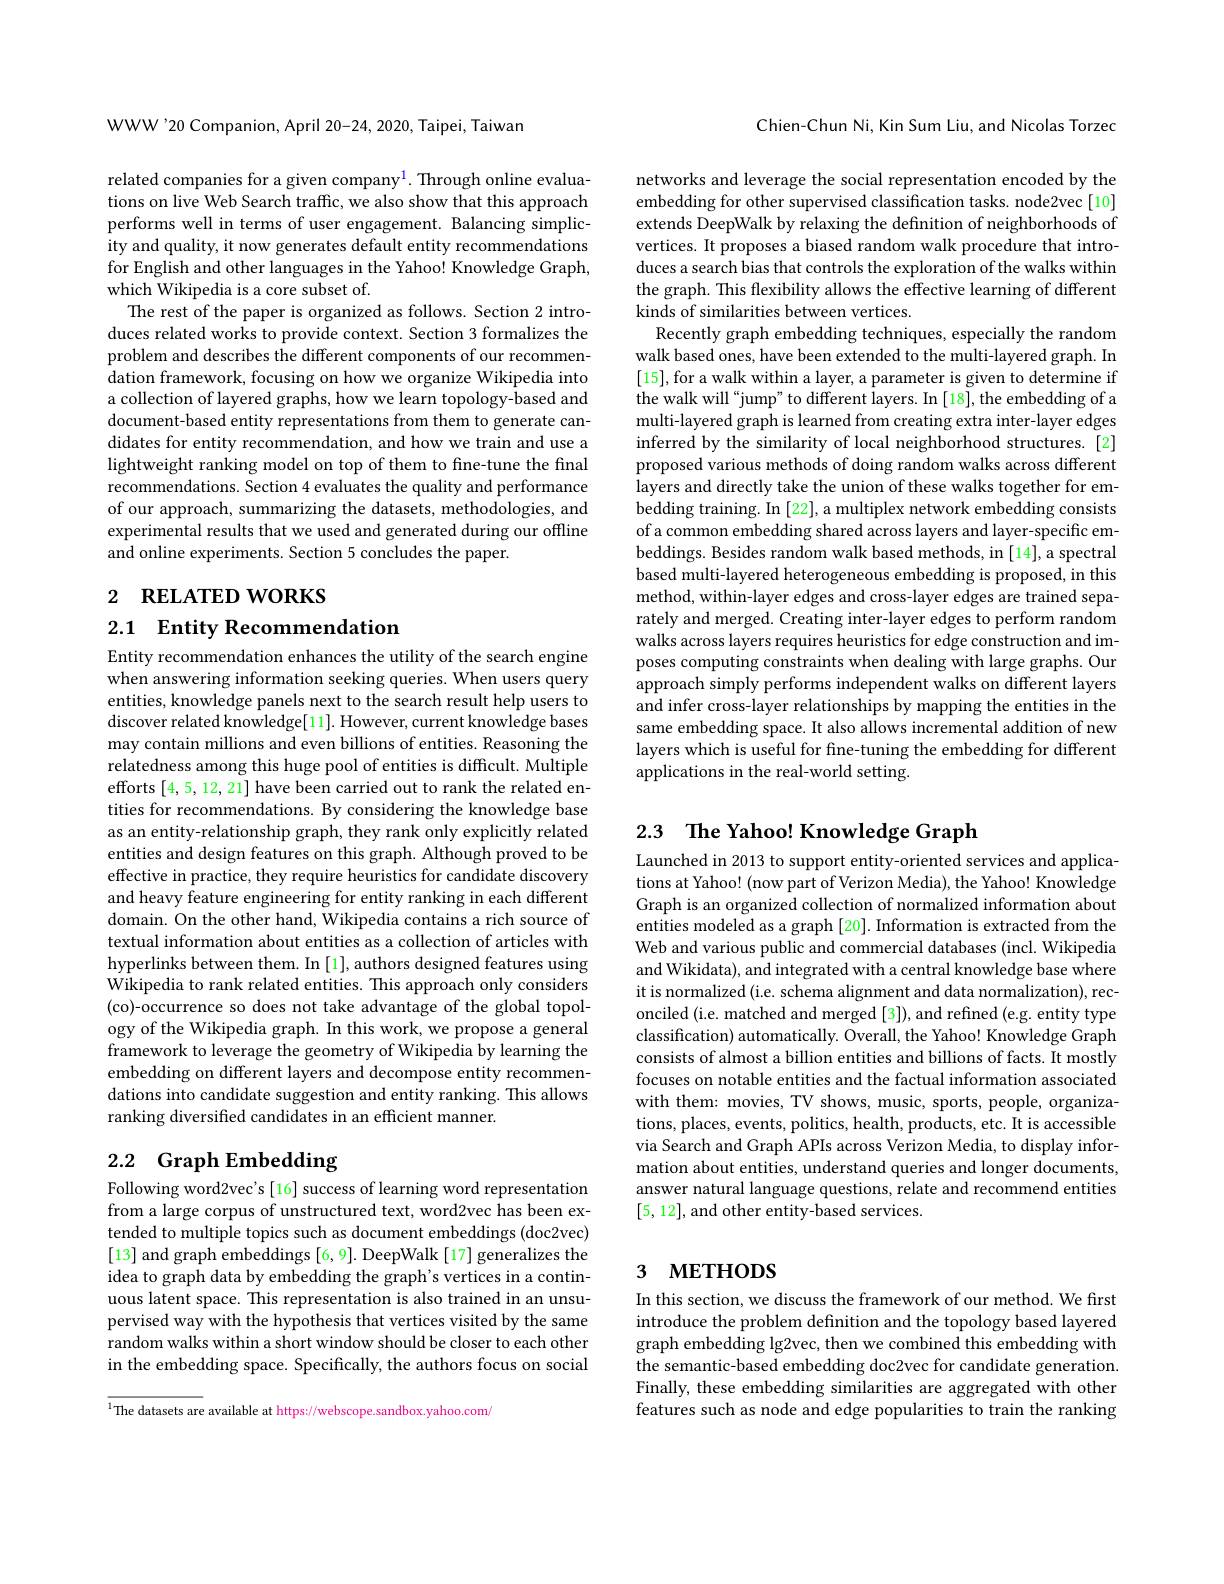
WWW'20 Companion, April 20-24, 2020, Taipei, Taiwan

related companies for a given company$^{1}.$ Through online evaluations on live Web Search traffic, we also show that this approach performs well in terms of user engagement. Balancing simplicity and quality, it now generates default entity recommendations for English and other languages in the Yahoo! Knowledge Graph, which Wikipedia is a core subset of.
The rest of the paper is organized as follows. Section 2 introduces related works to provide context. Section 3 formalizes the problem and describes the different components of our recommendation framework, focusing on how we organize Wikipedia into a collection of layered graphs, how we learn topology-based and document-based entity representations from them to generate candidates for entity recommendation, and how we train and use a lightweight ranking model on top of them to fine-tune the final recommendations. Section 4 evaluates the quality and performance of our approach, summarizing the datasets, methodologies, and experimental results that we used and generated during our offline and online experiments. Section 5 concludes the paper.

# 2 RELATED WORKS

2.1 Entity Recommendation

Entity recommendation enhances the utility of the search engine when answering information seeking queries. When users query entities, knowledge panels next to the search result help users to discover related knowledge[11]. However, current knowledge bases may contain millions and even billions of entities. Reasoning the relatedness among this huge pool of entities is difficult. Multiple efforts [4,5,12,21] have been carried out to rank the related entities for recommendations. By considering the knowledge base as an entity-relationship graph, they rank only explicitly related entities and design features on this graph. Although proved to be effective in practice, they require heuristics for candidate discovery and heavy feature engineering for entity ranking in each different domain. On the other hand, Wikipedia contains a rich source of textual information about entities as a collection of articles with hyperlinks between them. In [1], authors designed features using Wikipedia to rank related entities. This approach only considers (co)-occurrence so does not take advantage of the global topology of the Wikipedia graph. In this work, we propose a general framework to leverage the geometry of Wikipedia by learning the embedding on different layers and decompose entity recommendations into candidate suggestion and entity ranking. This allows ranking diversified candidates in an efficient manner.

## 2.2 Graph Embedding

Following word2vec's [16] success of learning word representation from a large corpus of unstructured text, word2vec has been extended to multiple topics such as document embeddings (doc2vec) [13] and graph embeddings [6, 9]. DeepWalk [17] generalizes the idea to graph data by embedding the graph's vertices in a continuous latent space. This representation is also trained in an unsupervised way with the hypothesis that vertices visited by the same random walks within a short window should be closer to each other in the embedding space. Specifically, the authors focus on social

$^{1}$The datasets are available at https://webscope.sandbox.yahoo.com

Chien-Chun Ni, Kin Sum Liu, and Nicolas Torzec

networks and leverage the social representation encoded by the embedding for other supervised classification tasks. node2vec[10] extends DeepWalk by relaxing the definition of neighborhoods of vertices. It proposes a biased random walk procedure that introduces a search bias that controls the exploration of the walks within the graph. This flexibility allows the effective learning of different kinds of similarities between vertices.
Recently graph embedding techniques, especially the random walk based ones, have been extended to the multi-layered graph. In [15],for a walk within a layer, a parameter is given to determine if the walk will "jump" to different layers. In [18], the embedding of a multi-layered graph is learned from creating extra inter-layer edges inferred by the similarity of local neighborhood structures.[2] proposed various methods of doing random walks across different layers and directly take the union of these walks together for embedding training. In [22], a multiplex network embedding consists of a common embedding shared across layers and layer-specific embeddings. Besides random walk based methods, in [14], a spectral based multi-layered heterogeneous embedding is proposed, in this method, within-layer edges and cross-layer edges are trained separately and merged. Creating inter-layer edges to perform random walks across layers requires heuristics for edge construction and imposes computing constraints when dealing with large graphs. Our approach simply performs independent walks on different layers and infer cross-layer relationships by mapping the entities in the same embedding space. It also allows incremental addition of new layers which is useful for fine-tuning the embedding for different applications in the real-world setting.

## 2.3 The Yahoo! Knowledge Graph

Launched in 2013 to support entity-oriented services and applications at Yahoo! (now part of Verizon Media), the Yahoo! Knowledge Graph is an organized collection of normalized information about entities modeled as a graph [20]. Information is extracted from the Web and various public and commercial databases (incl. Wikipedia and Wikidata), and integrated with a central knowledge base where it is normalized (i.e. schema alignment and data normalization), reconciled (i.e. matched and merged [3]), and refined (e.g. entity type classification) automatically. Overall, the Yahoo! Knowledge Graph consists of almost a billion entities and billions of facts. It mostly focuses on notable entities and the factual information associated with them: movies, TV shows, music, sports, people, organizations, places, events, politics, health, products, etc. It is accessible via Search and Graph APIs across Verizon Media, to display information about entities, understand queries and longer documents, answer natural language questions, relate and recommend entities [5,12], and other entity-based services.

## 3 мЕтнор$S$

In this section, we discuss the framework of our method. We first introduce the problem definition and the topology based layered graph embedding lg2vec, then we combined this embedding with the semantic-based embedding doc2vec for candidate generation Finally, these embedding similarities are aggregated with other features such as node and edge popularities to train the ranking